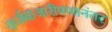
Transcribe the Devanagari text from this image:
कर्जबाजारीपणानंतर